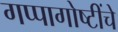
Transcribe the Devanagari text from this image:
गप्पागोष्टींचे